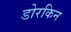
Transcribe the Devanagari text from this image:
डोरकिन